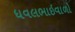
ધવલભાઇવાળો